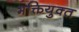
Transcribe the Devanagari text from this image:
भक्तियुक्‍त